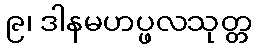
၉၊ ဒါနမဟပ္ဖလသုတ္တ